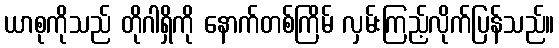
ယာစုကိုသည် တိုဂါရှိကို နောက်တစ်ကြိမ် လှမ်းကြည့်လိုက်ပြန်သည်။